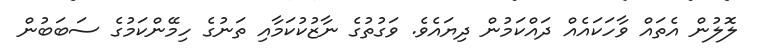
ލޮލުން އެތައް ވާހަކައެއް ދައްކަމުން ދިޔައެވެ. ވަގުތުގެ ނާޒުކުކަމާއި ތަނުގެ ހިމޭންކަމުގެ ސަބަބުން